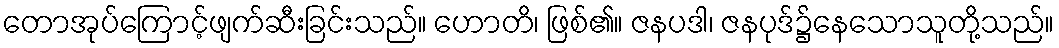
တောအုပ်ကြောင့်ဖျက်ဆီးခြင်းသည်။ ဟောတိ၊ ဖြစ်၏။ ဇနပဒါ၊ ဇနပုဒ်၌နေသောသူတို့သည်။